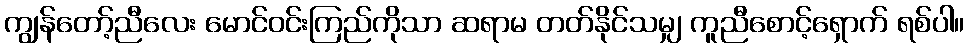
ကျွန်တော့်ညီလေး မောင်ဝင်းကြည်ကိုသာ ဆရာမ တတ်နိုင်သမျှ ကူညီစောင့်ရှောက် ရစ်ပါ။